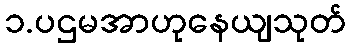
၁.ပဌမအာဟုနေယျသုတ်